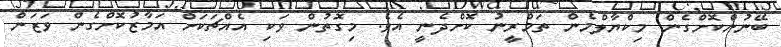
ބޭނުންކޮށްގެން މިކްޔާލްމެން ތަމްރީނު ކޮށްދެނީ އެވެ. މިގޮތުން ވަކި އެއްޗަކަށް އަމާޒުކޮށްގެން ވަޒަން